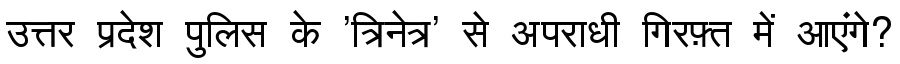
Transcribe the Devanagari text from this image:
उत्तर प्रदेश पुलिस के 'त्रिनेत्र' से अपराधी गिरफ़्त में आएंगे?